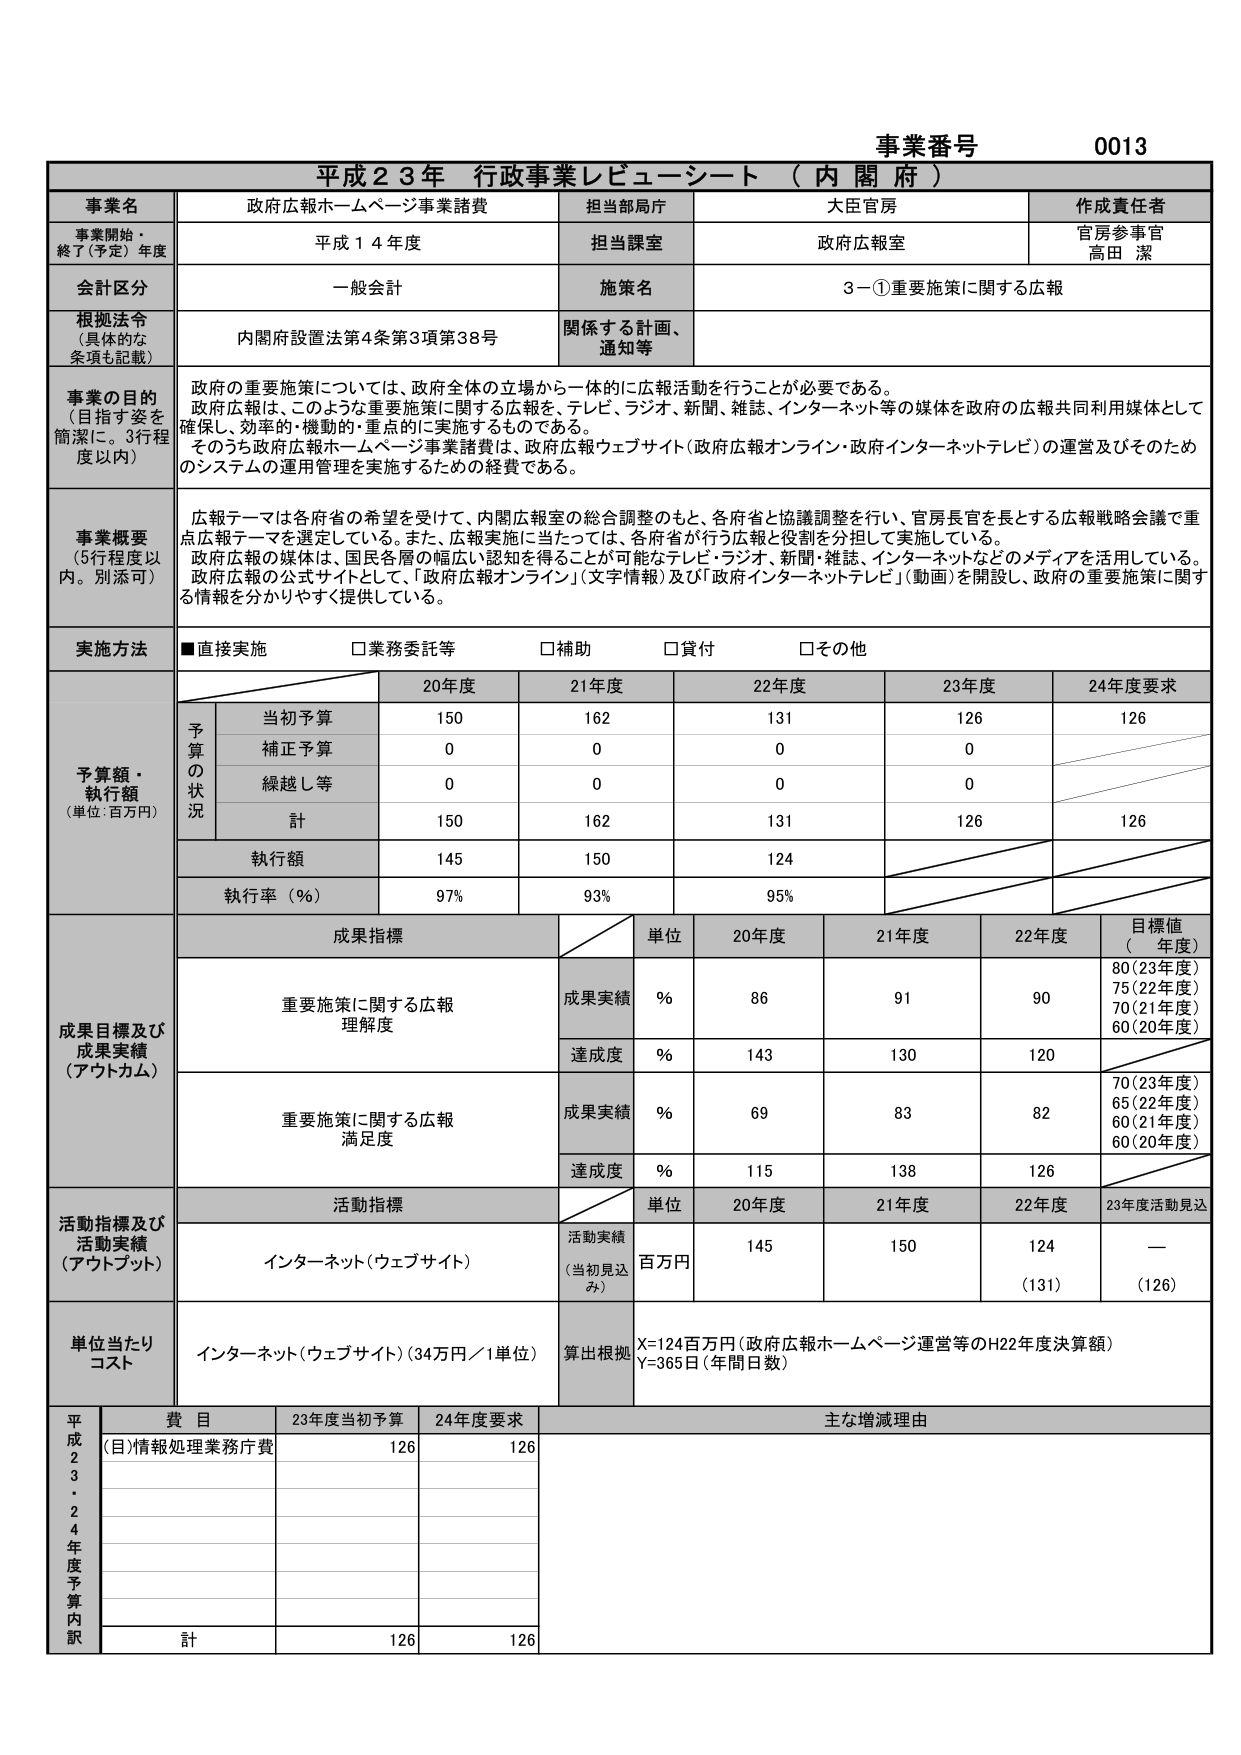
事業番号 0013
平成23年 行政事業レビューーシート（内閣府）

事業名 政府広報ホームページ事業諸費
担当部局庁 大臣官房
作成責任者 官房参事官 高田 潔

事業開始・終了（予定）年度 平成14年度
担当課室 政府広報室

会計区分 一般会計
施策名 3－①重要施策に関する広報

根拠法令（具体的な条項も記載） 内閣府設置法第4条第3項第38号
関係する計画、通知等

事業の目的（目指す姿を簡潔に。3行程度以内）
政府の重要施策については、政府全体の立場から一体的に広報活動を行うことが必要である。
政府広報は、このような重要施策に関する広報を、テレビ、ラジオ、新聞、雑誌、インターネット等の媒体を政府の広報共同利用媒体として確保し、効率的・機動的・重点的に実施するものである。
そのうち政府広報ホームページ事業諸費は、政府広報ウェブサイト（政府広報オンライン・政府インターネットテレビ）の運営及びそのためのシステムの運用管理を実施するための経費である。

事業概要（5行程度以内。別添可）
広報テーマは各府省の希望を受けて、内閣広報室の総合調整のもと、各府省と協議調整を行い、官房長官を長とする広報戦略会議で重点広報テーマを選定している。また、広報実施に当たっては、各府省が行う広報と役割を分担して実施している。
政府広報の媒体は、国民各層の幅広い認知を得ることが可能なテレビ・ラジオ、新聞・雑誌、インターネットなどのメディアを活用している。
政府広報の公式サイトとして、「政府広報オンライン」（文字情報）及び「政府インターネットテレビ」（動画）を開設し、政府の重要施策に関する情報を分かりやすく提供している。

実施方法
■直接実施 □業務委託等 □補助 □貸付 □その他

予算額・執行額（単位：百万円）
予算の状況
当初予算 20年度 150 21年度 162 22年度 131 23年度 126 24年度要求 126
補正予算 0 0 0 0
繰越し等 0 0 0 0
計 150 162 131 126 126
執行額 145 150 124
執行率（％） 97％ 93％ 95％

成果目標及び成果実績（アウトカム）
成果目標
単位 20年度 21年度 22年度 目標値（年度）
重要施策に関する広報理解度
成果実績 ％ 86 91 90 80（23年度）75（22年度）70（21年度）60（20年度）
達成度 ％ 143 130 120
重要施策に関する広報満足度
成果実績 ％ 69 83 82 70（23年度）65（22年度）60（21年度）60（20年度）
達成度 ％ 115 138 126

活動指標及び活動実績（アウトプット）
活動指標
単位 20年度 21年度 22年度 23年度活動見込
インターネット（ウェブサイト）
活動実績（当初見込み） 百万円 145 150 124 —
（131） （126）

単位当たりコスト
インターネット（ウェブサイト）（34万円／1単位）
算出根拠 X=124百万円（政府広報ホームページ運営等のH22年度決算額）
Y=365日（年間日数）

平成23年度予算内訳
費目 23年度当初予算 24年度要求 主な増減理由
（目）情報処理業務庁費 126 126
計 126 126